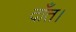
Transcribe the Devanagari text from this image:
दाँत।